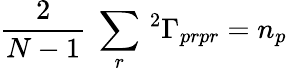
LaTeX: {\frac{2}{N-1}\; \sum_{r}\, {^{2}\Gamma_{prpr}}=n_{p}}